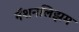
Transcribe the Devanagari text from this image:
नॅशनलिझम